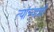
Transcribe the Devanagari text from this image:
त्‍यांच्‍याशी